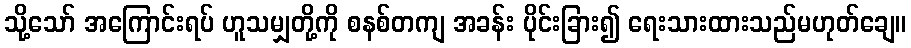
သို့သော် အကြောင်းရပ် ဟူသမျှတို့ကို စနစ်တကျ အခန်း ပိုင်းခြား၍ ရေးသားထားသည်မဟုတ်ချေ။